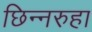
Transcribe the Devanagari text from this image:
छिन्नरुहा